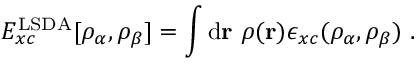
E _ { x c } ^ { \mathrm { L S D A } } [ \rho _ { \alpha } , \rho _ { \beta } ] = \int \mathrm { d } \mathbf { r } \ \rho ( \mathbf { r } ) \epsilon _ { x c } ( \rho _ { \alpha } , \rho _ { \beta } ) \ .